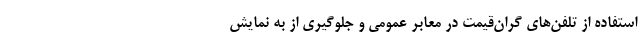
استفاده از تلفن‌های گران‌قیمت در معابر عمومی و جلوگیری از به نمایش